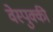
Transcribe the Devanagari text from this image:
वेस्पुक्की